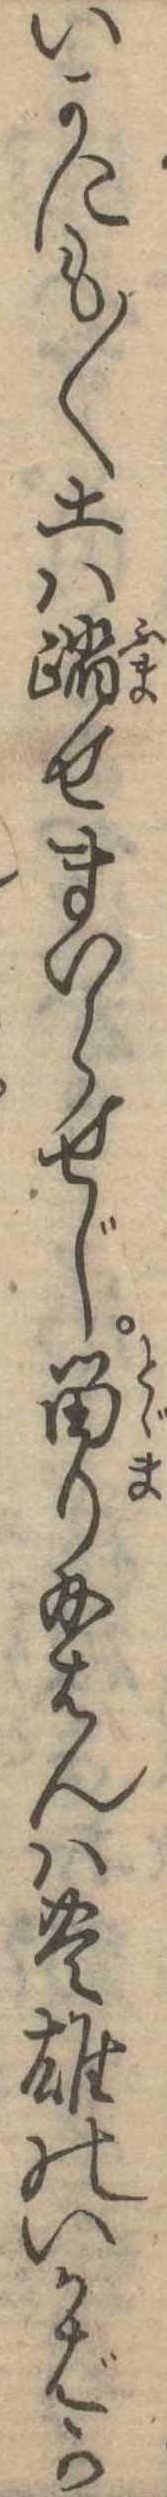
いかにも〱土は踏せまいらせじ留り給はんは豊雄のいかばか